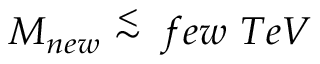
M _ { n e w } \stackrel { < } { \sim } \ f e w \ T e V